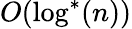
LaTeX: O(\log^{*}(n))